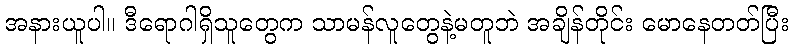
အနားယူပါ။ ဒီရောဂါရှိသူတွေက သာမန်လူတွေနဲ့မတူဘဲ အချိန်တိုင်း မောနေတတ်ပြီး